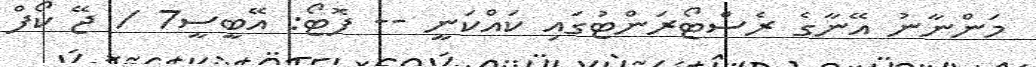
މަންނާނު އޭނާގެ ރެސްޓޯރަންޓުގައި ކައްކަނީ -- ފޮޓޯ: އޭބީސީ7 / ޖޭ ކޯފް